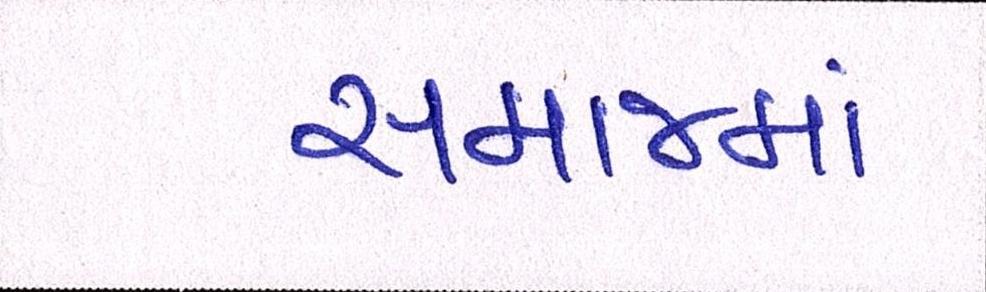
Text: સમાજમાં